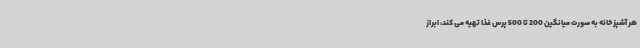
هر آشپزخانه به صورت میانگین 200 تا 500 پرس غذا تهیه می کند، ابراز